Kihnu_vallavalitsus, lk 42
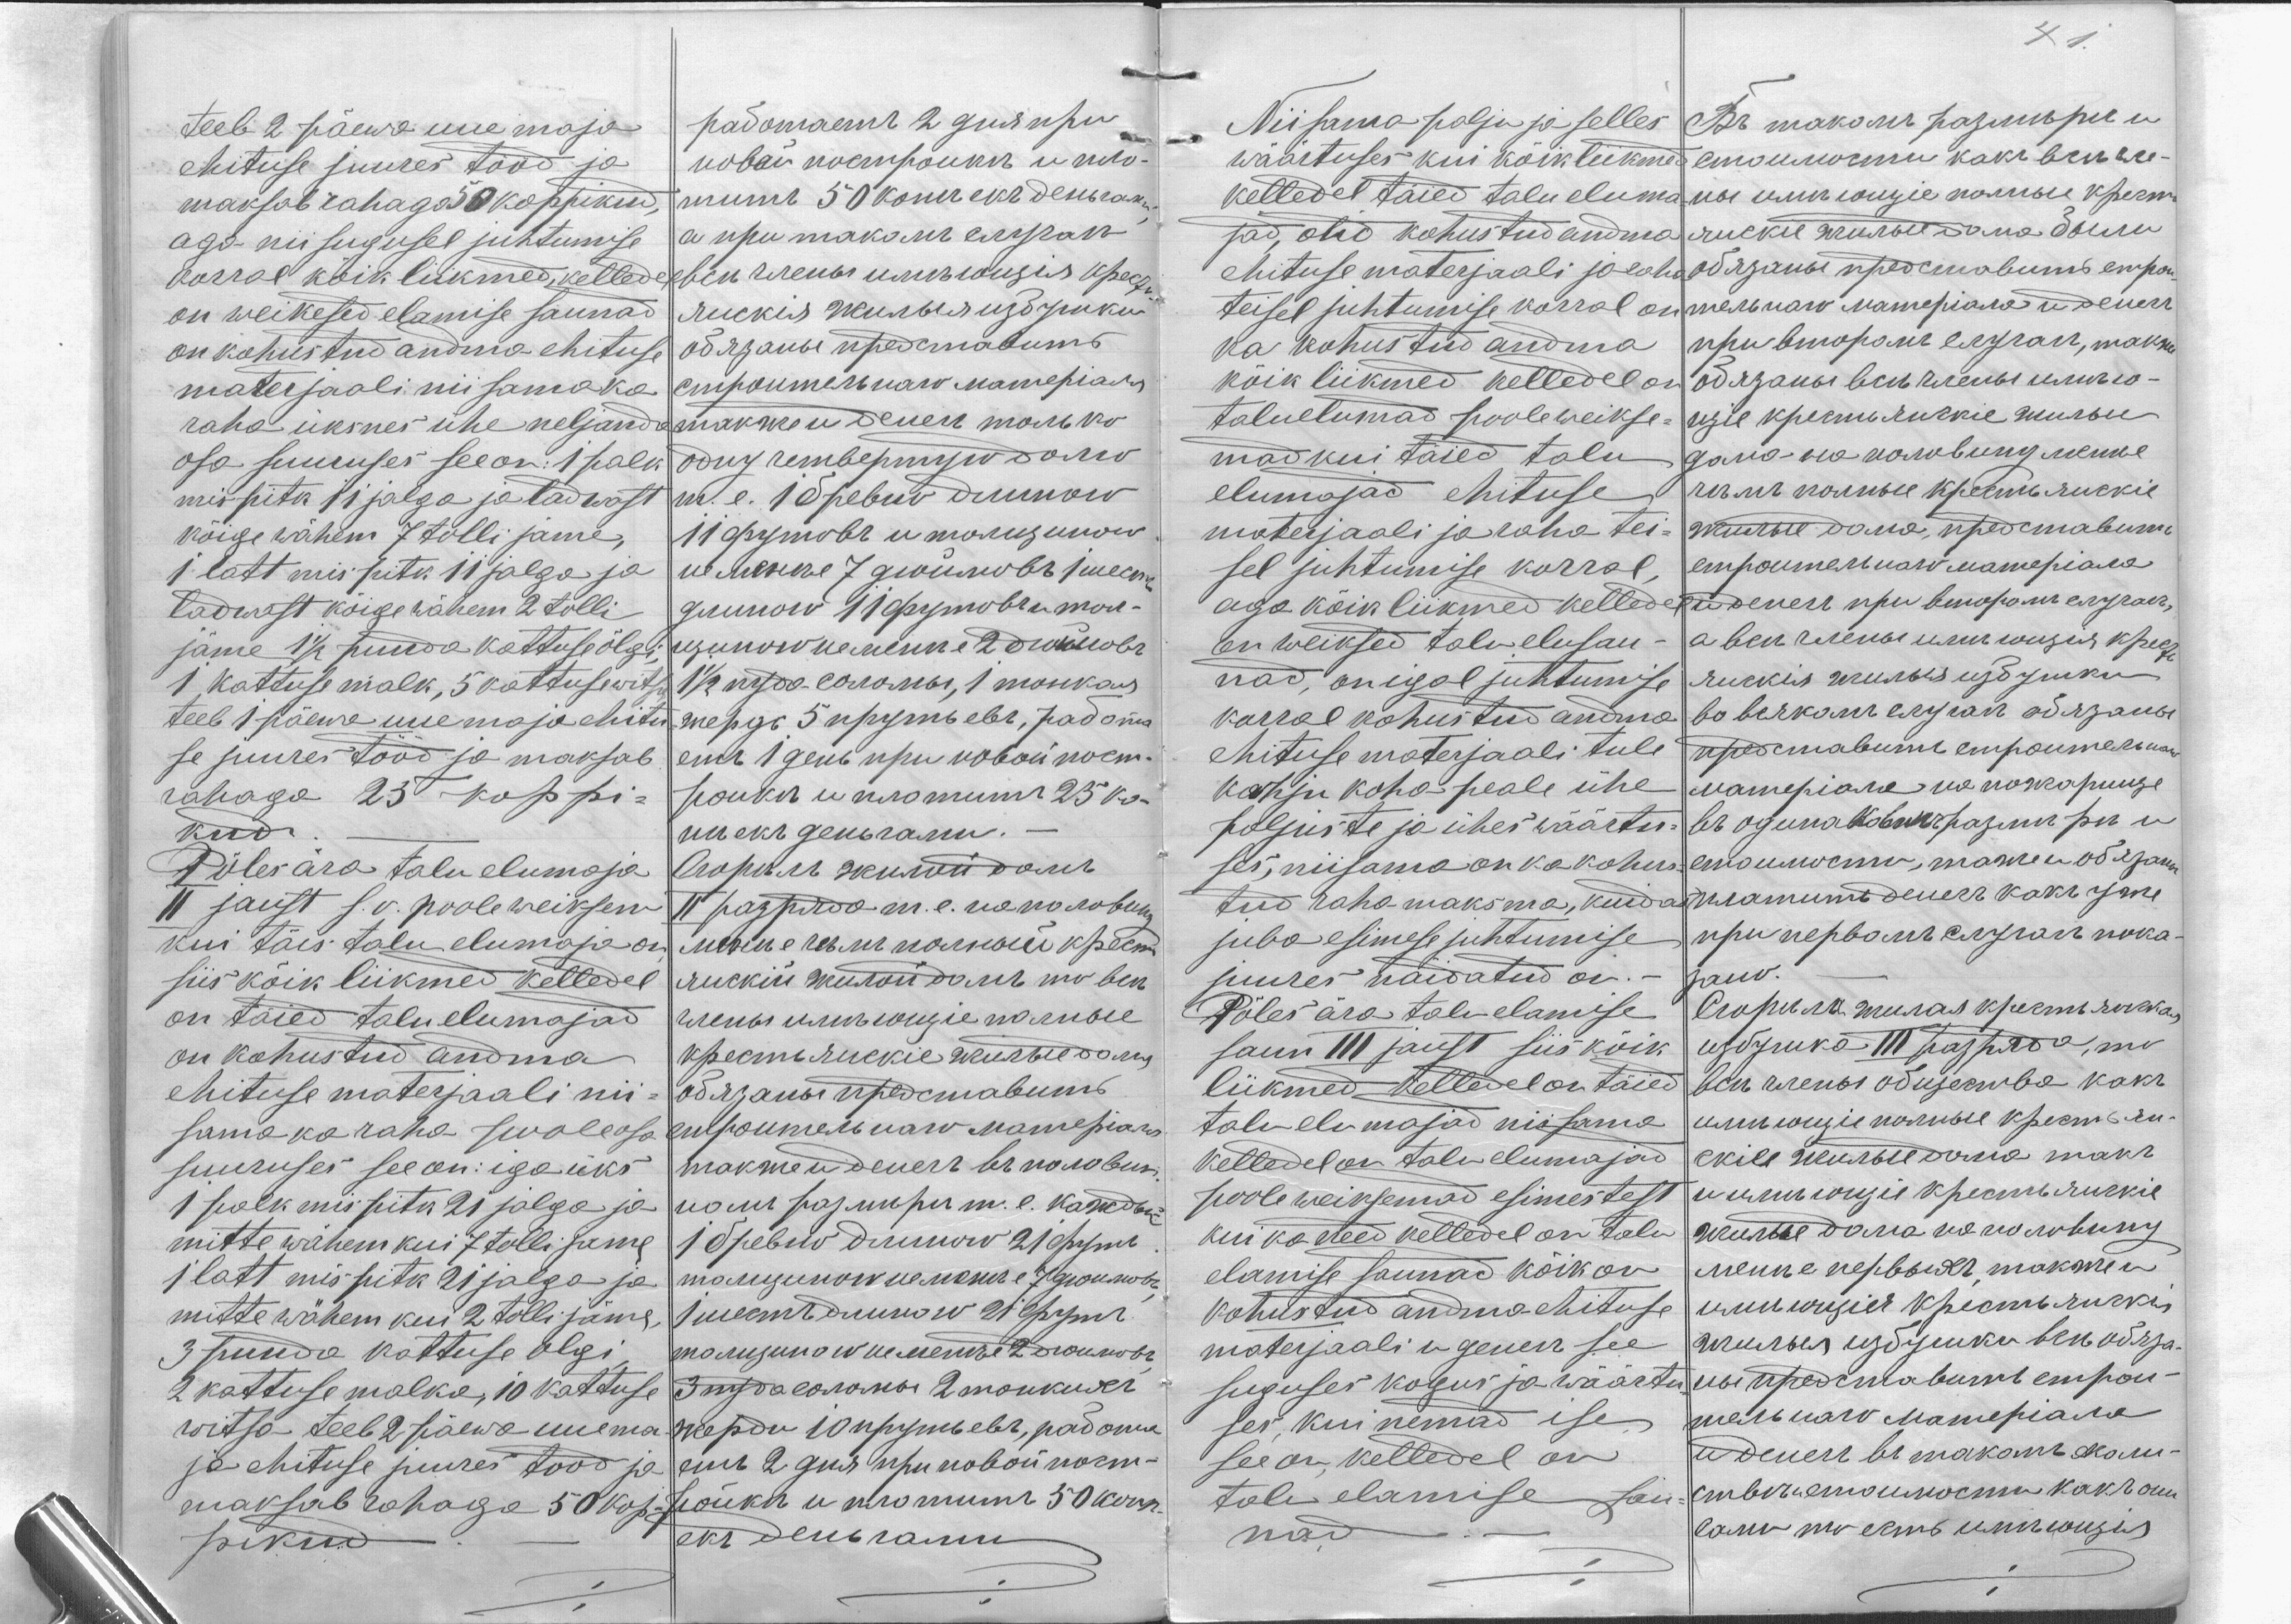
teeb 2 päewa uue maja
ehituse juures tööd ja
maksab rahaga 50 koppikud,
aga nii sugusel juhtumise
korral kõik liikmed, kelledel
on weikesed elamise saunad
on kohustud andma ehituse
materjaali nii sama ka
raha üksnes ühe neljanda
osa suuruses see on: 1 palk
mis pitk 11 jalga ja ladwast
kõige wähem 7 tolli jäme,
1 latt mis pitk 11 jalga ja
ladwast kõige wähem 2 tolli
jäme 1 1/2 puuda kattuse õlgi,
1 kattuse malk, 5 kattuse witsa
teeb 1 päewa uue maja ehitu-
se juures tööd ja maksab
rahaga 25 koppi-
kud.
Põles ära talu elumaja
II jaust s.o. poole weiksem
kui täis talu elumaja on
siis kõik liikmed kelledel
on täied talu elumajad
on kohustud andma
ehituse materjaali nii-
sama ka raha poole osa
suuruses see on iga üks
1 palk mis pitk 21 jalga ja
mitte wähem kui 7 tolli jäme
1 latt mis pitk 21 jalga ja
mitte wähem kui 2 tolli jäme,
3 puuda kattuse õlgi,
2 kattuse malka, 10 kattuse
witsa teeb 2 päewa uuema
ja ehituse juures tööd ja
maksab rahaga 50 kop-
pikud

41

Niisama palju ja selles
wäärtuses kui kõik liikme
kelledel täied talu elum
jad, olid kohustud andma
ehituse materjaali ja rah
teisel juhtumise korral on
ka kohustud andma
kõik liikmed kelledel on
taluelumad pooleweikse-
mad kui täied talu
elumajad ehituse
materjaali ja raha tei-
sel juhtumise korral,
aga kõik liikmed kellede
on weiksed talu elusau
nad, on igal juhtumise
korral kohustud andma
ehituse materjaali tule
kahju koha peale ühe
paljuste ja ühes wäärtu-
ses, niisama on ka kohus-
tud raha maksma, kuidas
juba esimese juhtumise
juures näidatud on.-
Põles ära talu elamise
saun III jaust siis kõik
liikmed kelledel on täied
talu elumajad niisama
kelledel on talu elumajad
poole weiksemad esimestest
kui ka need kelledel on talu
elamise saunad kõik on
kohustud andma ehituse
materjaali u.genem see
suguses kogus ja wäärtu-
ses, kui nemad ise,
see on, kelledel on
talu elamise sau-
nad. -